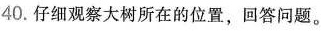
40.仔细观察大树所在的位置，回答问题。